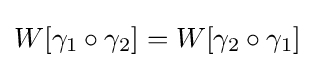
W[\gamma _{1}\circ \gamma _{2}]=W[\gamma _{2}\circ \gamma _{1}]